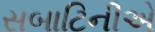
સબાટિનીએ